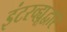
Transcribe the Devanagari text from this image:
इंटरव्ह्यूद्वारे